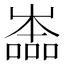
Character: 𡴩